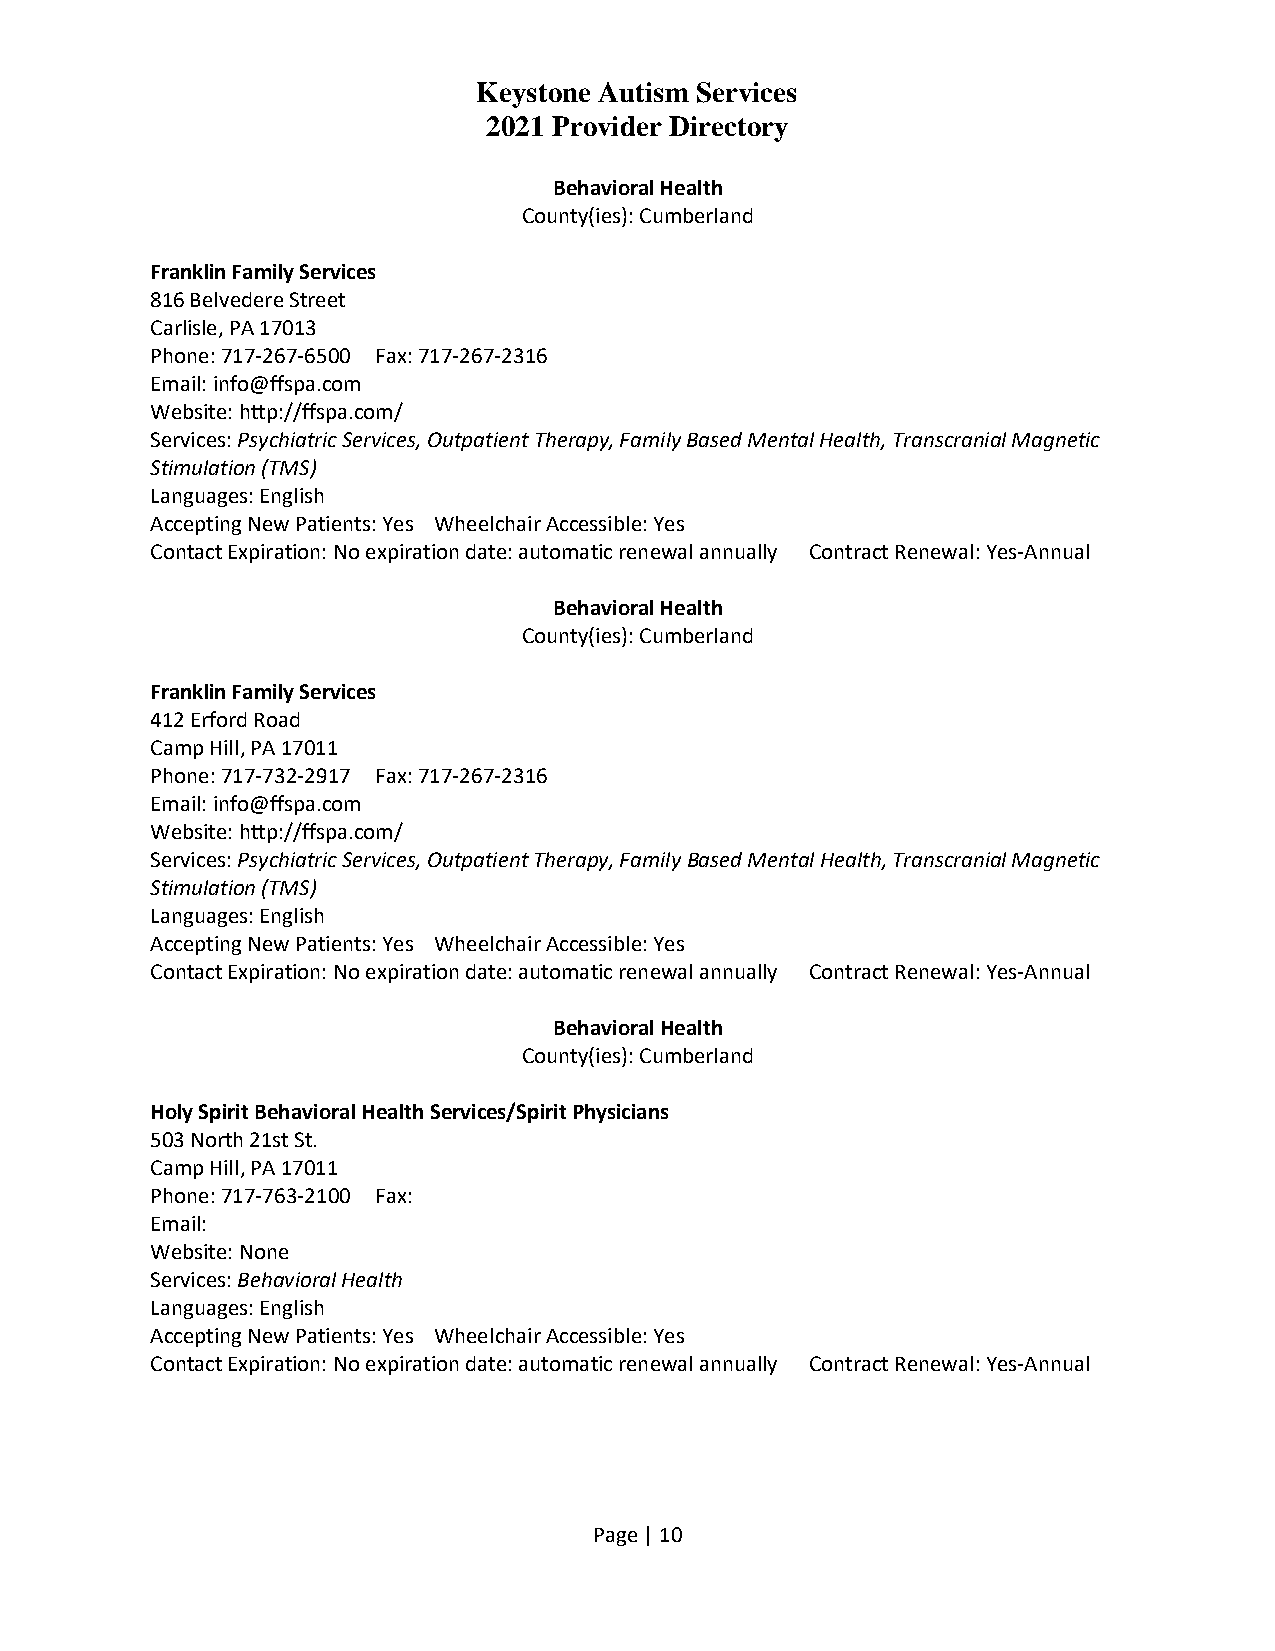
Keystone Autism Services
 2021 Provider Directory
 Behavioral Health
 County(ies): Cumberland
 Franklin Family Services
 816 Belvedere Street
 Carlisle, PA 17013
 Phone: 717-267-6500 Fax: 717-267-2316
 Email: info@ffspa.com
 Website: http://ffspa.com/
 Services: Psychiatric Services, Outpatient Therapy, Family Based Mental Health, Transcranial Magnetic
 Stimulation (TMS)
 Languages: English
 Accepting New Patients: Yes Wheelchair Accessible: Yes
 Contact Expiration: No expiration date: automatic renewal annually Contract Renewal: Yes-Annual
 Behavioral Health
 County(ies): Cumberland
 Franklin Family Services
 412 Erford Road
 Camp Hill, PA 17011
 Phone: 717-732-2917 Fax: 717-267-2316
 Email: info@ffspa.com
 Website: http://ffspa.com/
 Services: Psychiatric Services, Outpatient Therapy, Family Based Mental Health, Transcranial Magnetic
 Stimulation (TMS)
 Languages: English
 Accepting New Patients: Yes Wheelchair Accessible: Yes
 Contact Expiration: No expiration date: automatic renewal annually Contract Renewal: Yes-Annual
 Behavioral Health
 County(ies): Cumberland
 Holy Spirit Behavioral Health Services/Spirit Physicians
 503 North 21st St.
 Camp Hill, PA 17011
 Phone: 717-763-2100 Fax:
 Email:
 Website: None
 Services: Behavioral Health
 Languages: English
 Accepting New Patients: Yes Wheelchair Accessible: Yes
 Contact Expiration: No expiration date: automatic renewal annually Contract Renewal: Yes-Annual
 Page | 10